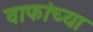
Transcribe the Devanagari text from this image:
वाफांच्या